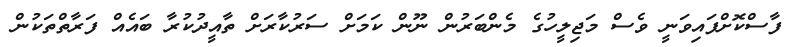
ފާސްކޮށްފައިވަނީ ވެސް މަޖިލީހުގެ މެންބަރުން ނޫން ކަމަށް ސަރުކާރަށް ތާއީދުކުރާ ބައެއް ފަރާތްތަކުން